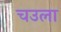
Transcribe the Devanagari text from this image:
चउला